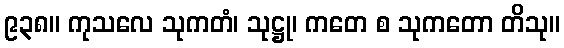
၉၃၈။ ကုသလေ သုကတံ၊ သုဋ္ဌု၊ ကတေ စ သုကတော တိသု။